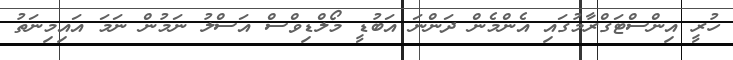
ހުރީ އިންސްޓަގްރާމުގައި އެންމެން ދަންނަ އަބުޑީ މޯލްޑިވްސް އަސްލު ނަމުން ނަމަ އައިމިނަތު